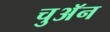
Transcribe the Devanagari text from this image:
चुअॅन